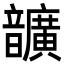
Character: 𩑈